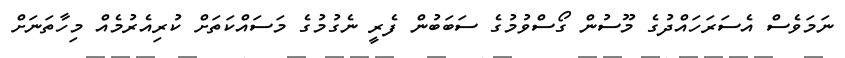
ނަމަވެސް އެސަރަހައްދުގެ މޫސުން ގޯސްވުމުގެ ސަބަބުން ފެރީ ނެގުމުގެ މަސައްކަތަށް ކުރިއެރުމެއް މިހާތަނަށް